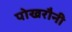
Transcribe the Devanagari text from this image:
पोखरौनी